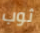
ثوب